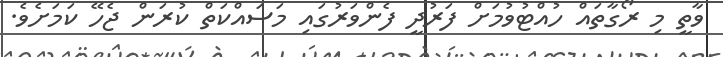
ވާތީ މި ރޯގާތައް ހުއްޓުވުމަށް ފަރުދީ ފެންވަރުގައި މަސައްކަތް ކުރަން ޖެހޭ ކަމަށެވެ.